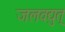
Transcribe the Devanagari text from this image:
जलवद्युत्‌